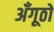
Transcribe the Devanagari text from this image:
अँगूठो